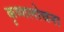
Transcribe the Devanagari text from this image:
कृष्णलोचना